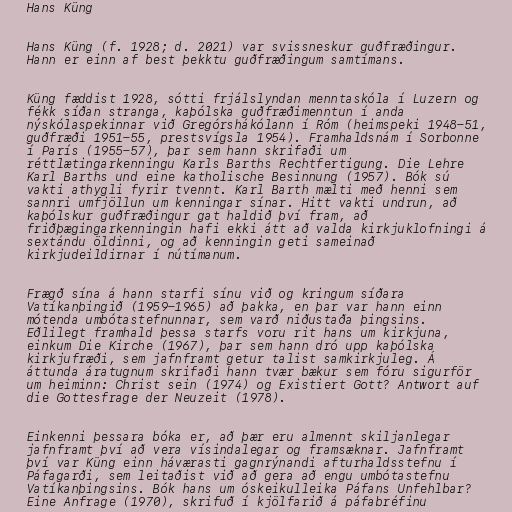
Hans Küng

Hans Küng (f. 1928; d. 2021) var svissneskur guðfræðingur.
Hann er einn af best þekktu guðfræðingum samtímans.

Küng fæddist 1928, sótti frjálslyndan menntaskóla í Luzern og
fékk síðan stranga, kaþólska guðfræðimenntun í anda
nýskólaspekinnar við Gregórshákólann í Róm (heimspeki 1948-51,
guðfræði 1951-55, prestsvígsla 1954). Framhaldsnám í Sorbonne
í París (1955-57), þar sem hann skrifaði um
réttlætingarkenningu Karls Barths Rechtfertigung. Die Lehre
Karl Barths und eine katholische Besinnung (1957). Bók sú
vakti athygli fyrir tvennt. Karl Barth mælti með henni sem
sannri umfjöllun um kenningar sínar. Hitt vakti undrun, að
kaþólskur guðfræðingur gat haldið því fram, að
friðþægingarkenningin hafi ekki átt að valda kirkjuklofningi á
sextándu öldinni, og að kenningin geti sameinað
kirkjudeildirnar í nútímanum.

Frægð sína á hann starfi sínu við og kringum síðara
Vatíkanþingið (1959-1965) að þakka, en þar var hann einn
mótenda umbótastefnunnar, sem varð niðustaða þingsins.
Eðlilegt framhald þessa starfs voru rit hans um kirkjuna,
einkum Die Kirche (1967), þar sem hann dró upp kaþólska
kirkjufræði, sem jafnframt getur talist samkirkjuleg. Á
áttunda áratugnum skrifaði hann tvær bækur sem fóru sigurför
um heiminn: Christ sein (1974) og Existiert Gott? Antwort auf
die Gottesfrage der Neuzeit (1978).

Einkenni þessara bóka er, að þær eru almennt skiljanlegar
jafnframt því að vera vísindalegar og framsæknar. Jafnframt
því var Küng einn háværasti gagnrýnandi afturhaldsstefnu í
Páfagarði, sem leitaðist við að gera að engu umbótastefnu
Vatíkanþingsins. Bók hans um óskeikulleika Páfans Unfehlbar?
Eine Anfrage (1970), skrifuð í kjölfarið á páfabréfinu